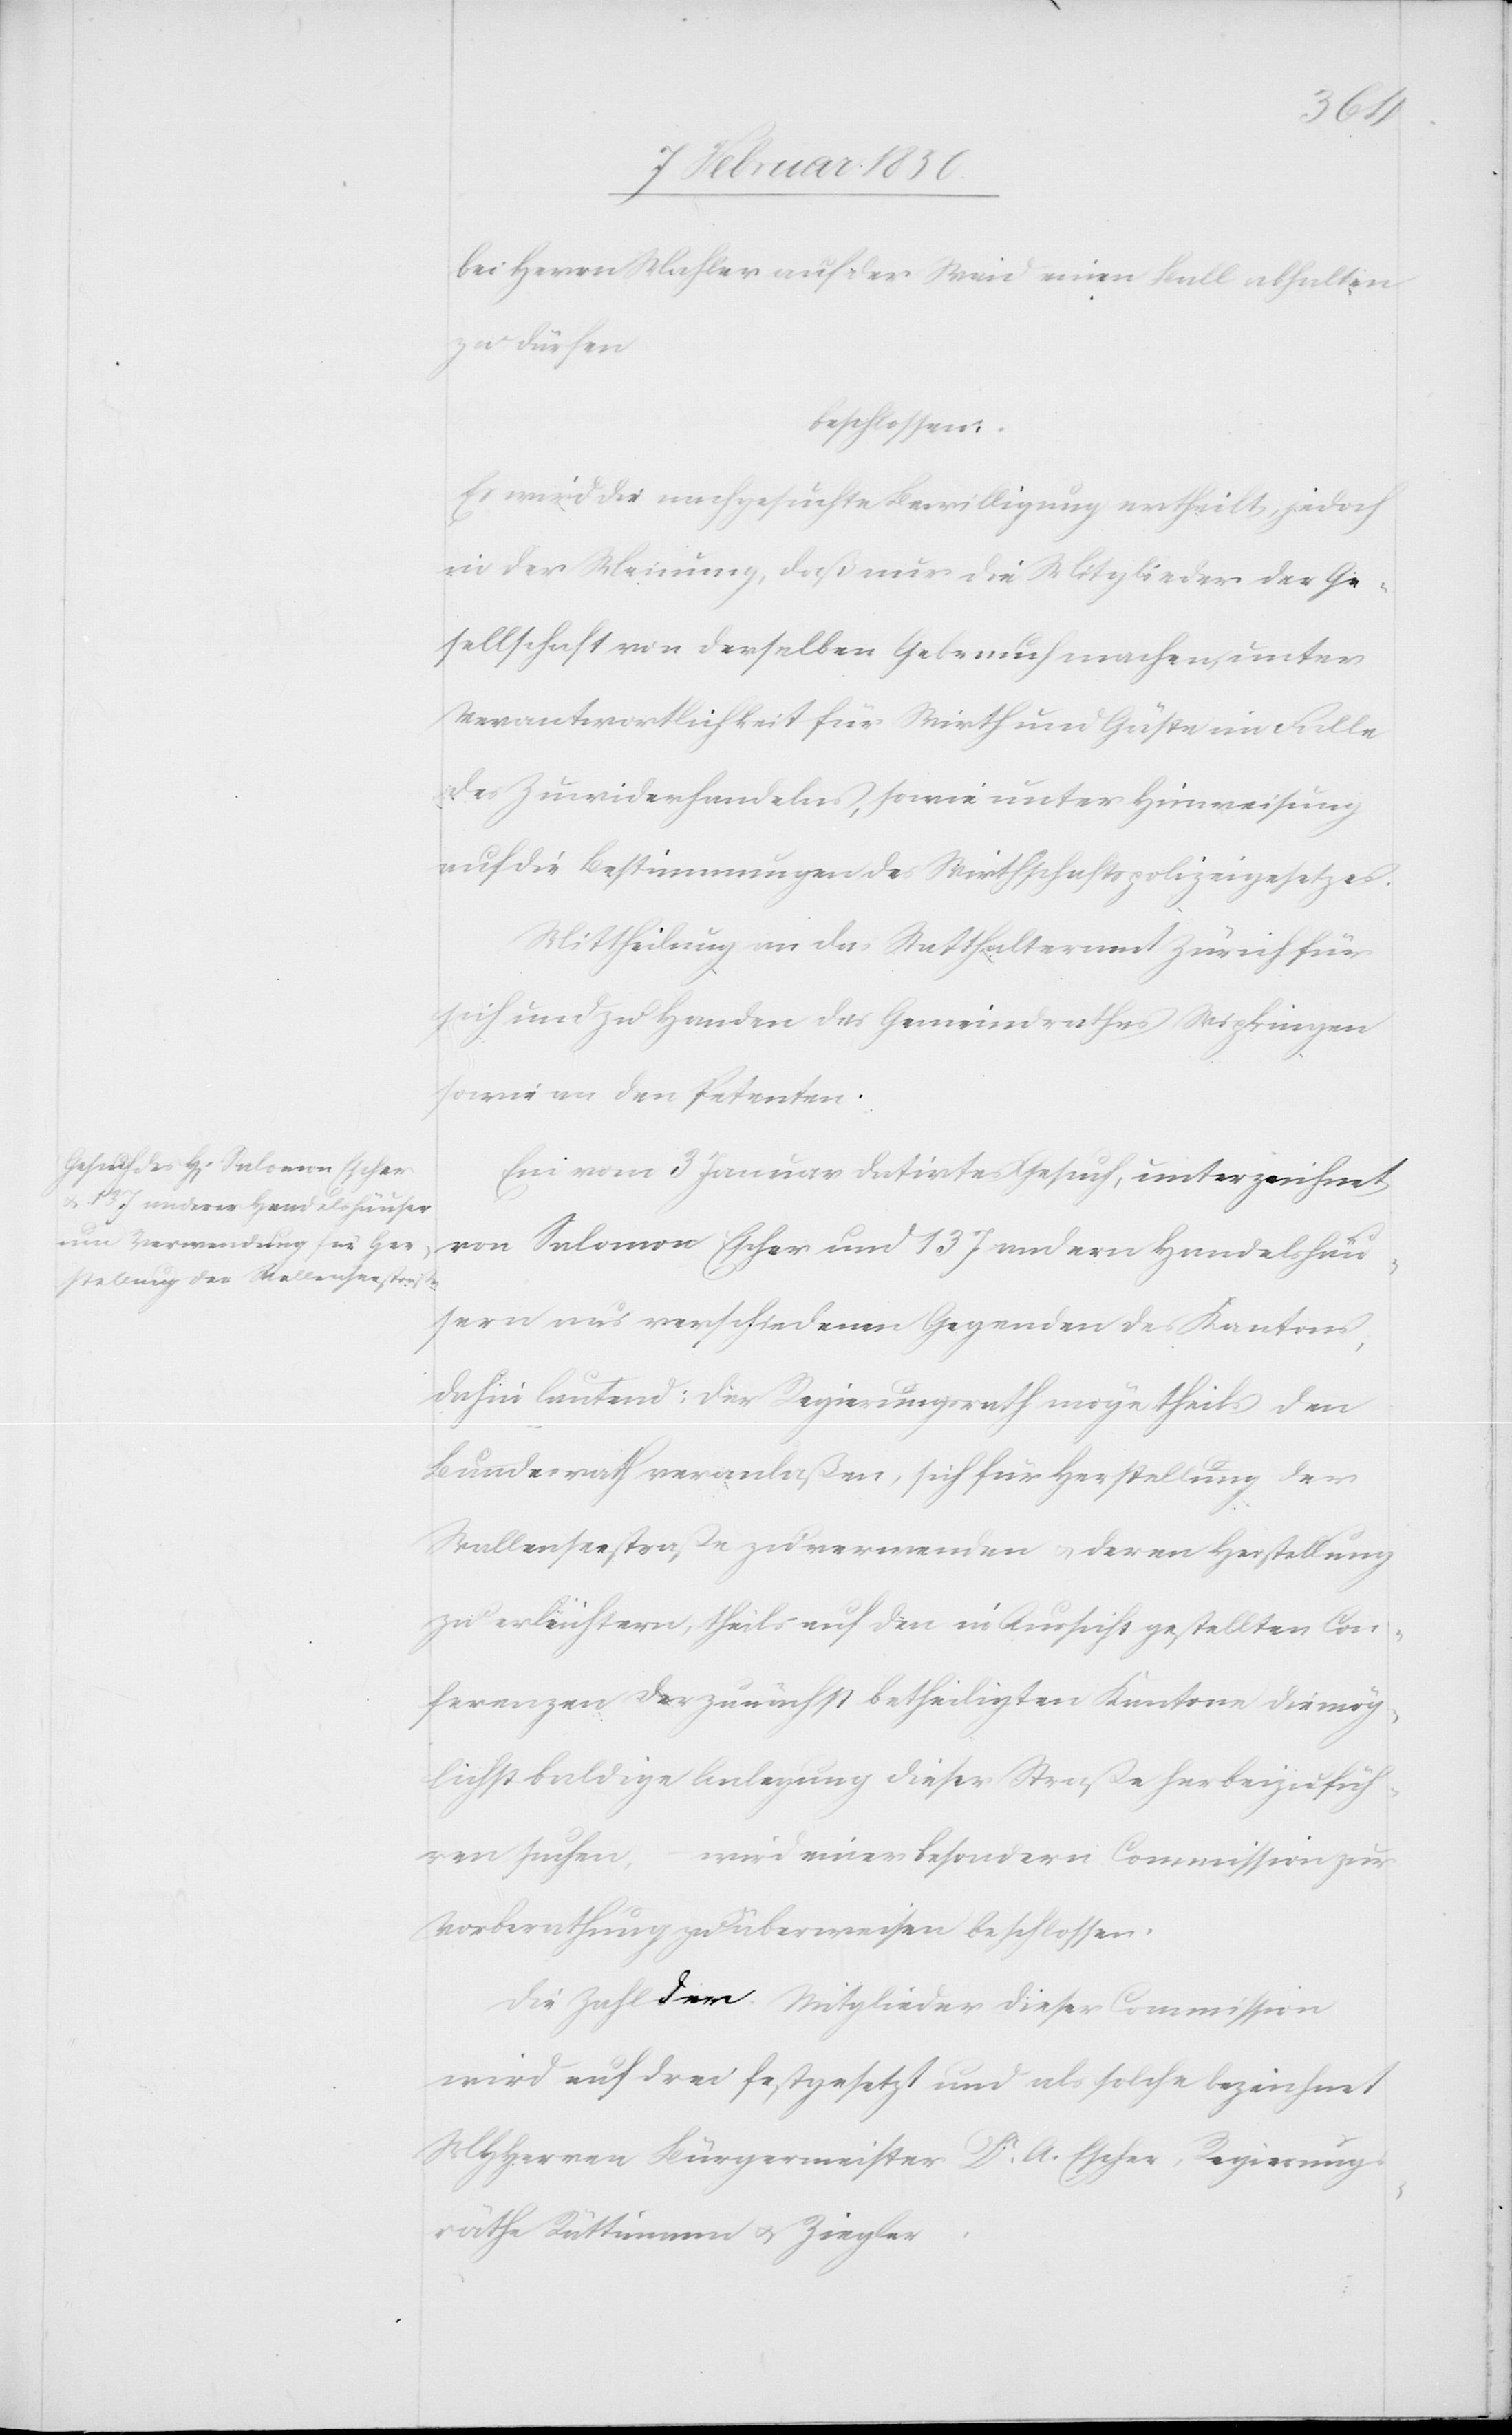
bei Herrn Mahler auf der Weid einen Ball abhalten
zu dürfen
beschlossen:
Es wird die nachgesuchte Bewilligung ertheilt, jedoch
in der Meinung, daß nur die Mitglieder der Ge¬
sellschaft von derselben Gebrauch machen, unter
Verantwortlichkeit für Wirth und Gäste im Falle
des Zuwiderhandelns, sowie unter Hinweisung
auf die Bestimmungen des Wirthschaftspolizeigesetzes.
Mittheilung an das Statthalteramt Zürich für
sich und zu Handen des Gemeindrathes Wipkingen
sowie an den Petenten.
Ein vom 3 Januar datirtes Gesuch, unterzeichnet
von Salomon Escher und 137 andern Handelshäu¬
sern aus verschiedenen Gegenden des Kantons,
dahin lautend: Der Regierungsrath möge theils den
Bundesrath veranlaßen, sich für Herstellung der
Wallenseestraße zu verwenden u. deren Herstellung
zu erleichtern, theils auf den in Aussicht gestellten Con¬
ferenzen der zunächst betheiligten Kantone die mög¬
lichst baldige Anlegung dieser Straße herbeizufüh¬
ren suchen, wird einer besondern Commission zur
Vorberathung zu überweisen beschlossen:
Die Zahl der Mitglieder dieser Commission
wird auf drei festgesetzt und als solche bezeichnet
MHHerren Bürgermeister Dr A. Escher, Regierungs¬
räthe Rüttimann u. Ziegler.